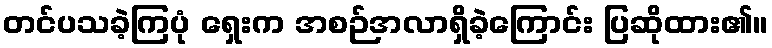
တင်ပသခဲ့ကြပုံ ရှေးက အစဉ်အလာရှိခဲ့ကြောင်း ပြဆိုထား၏။